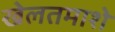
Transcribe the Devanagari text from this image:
खेलतमाशे